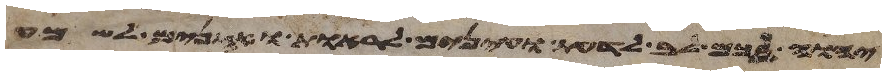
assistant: יהוה לכם לב לדעת ועינים לראות ואזנים לשמע